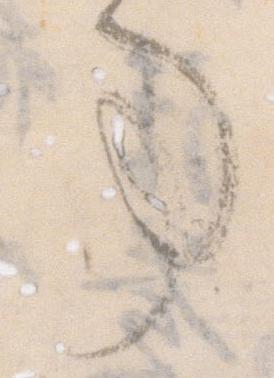
事